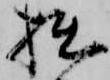
拙